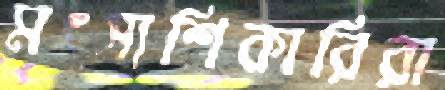
মৎস্যশিকারিরা